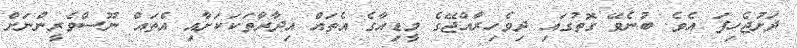
ދަށުޖެހިފަ އެވެ. ބުނެވޭ ގޮތުގައި ދިވެހިރާއްޖޭގެ މީޑިއާގެ އެތައް އިދާރާތަކަކަށާއި އެތައް ނޫސްވެރީންނަށް